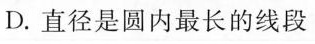
D.直径是圆内最长的线段